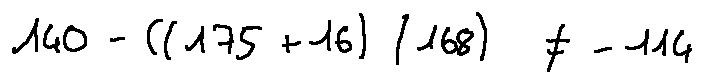
1 4 0 - ( ( 1 7 5 + 1 6 ) / 1 6 8 ) \neq - 1 1 4